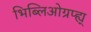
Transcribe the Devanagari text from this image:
भिब्लिओग्रप्ह्य्